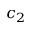
c _ { 2 }